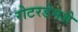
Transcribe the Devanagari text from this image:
रोटरडेमशे